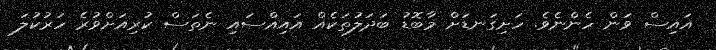
އައިސް ވަން ހެންނެވެ. ހަށިގަނޑަށް މާބޮޑު ބަދަލުތަކެއް އައިއްސައި ނެތަސް ކުރިއަށްވުރެ ހަރުކުލަ